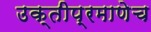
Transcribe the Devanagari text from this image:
उक्तीप्रमाणेच